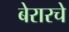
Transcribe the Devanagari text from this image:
बेरारचे